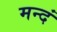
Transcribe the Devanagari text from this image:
मन्दं